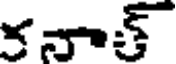
కనాత్